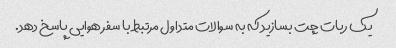
یک ربات چت بسازید که به سوالات متداول مرتبط با سفر هوایی پاسخ دهد.